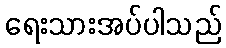
ရေးသားအပ်ပါသည်